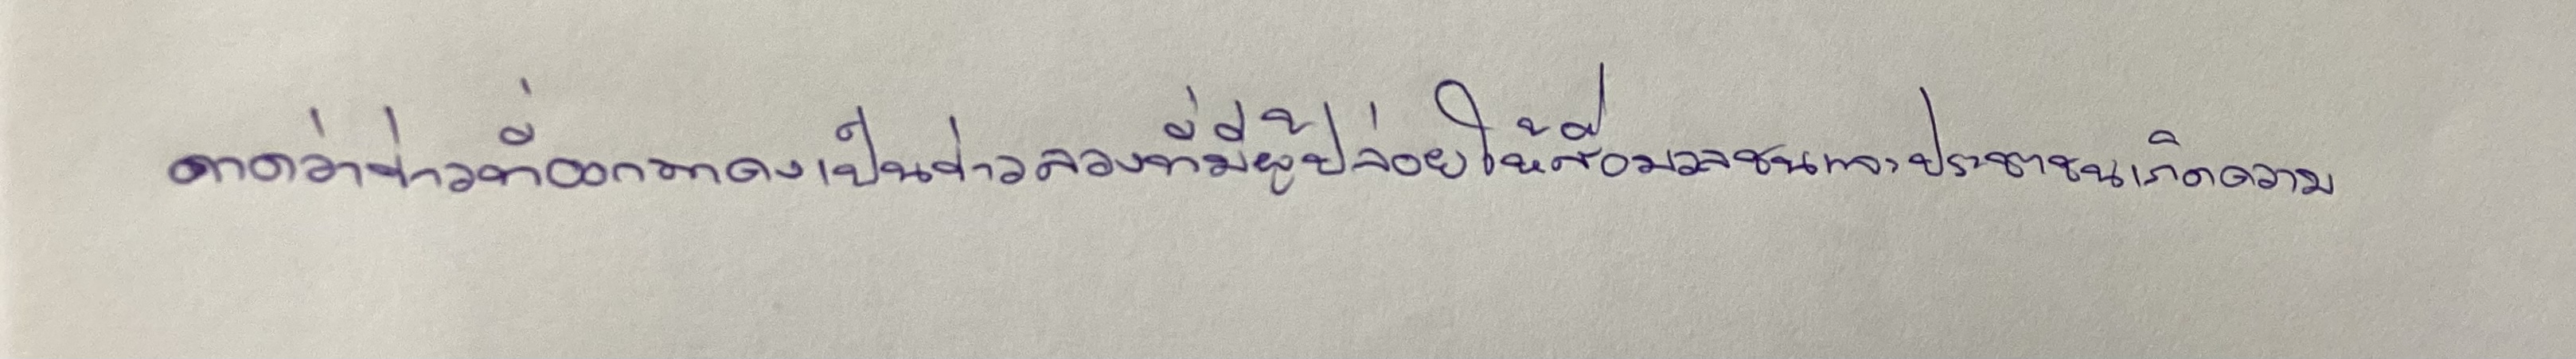
คาดว่าข่าวที่ออกมาคงเป็นข่าวลวงที่มีผู้ปล่อยให้สื่อมวลชนและประชาชนเกิดความ